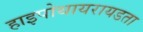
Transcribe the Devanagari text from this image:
हाइपोथायरायडता